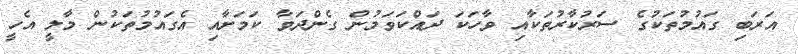
އަރަބި ގައުމުތަކުގެ ސަރުކާރުތަކާއި ވާހަކަ ދައްކަވަމުން ގެންދަވާ ކަމަށާއި އެގައުމުތަކުން މާލީ އެހީ